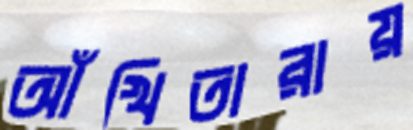
আঁখিতারায়